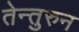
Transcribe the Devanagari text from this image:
तेन्तुरुन